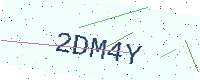
Text: 2DM4Y